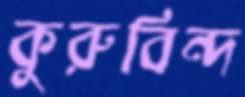
কুরুবিন্দ